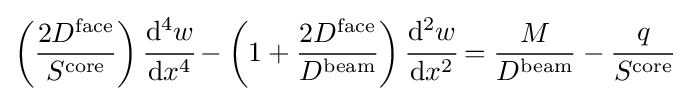
\left({\frac {2D^{\mathrm {face} }}{S^{\mathrm {core} }}}\right){\cfrac {\mathrm {d} ^{4}w}{\mathrm {d} x^{4}}}-\left(1+{\frac {2D^{\mathrm {face} }}{D^{\mathrm {beam} }}}\right){\cfrac {\mathrm {d} ^{2}w}{\mathrm {d} x^{2}}}={\frac {M}{D^{\mathrm {beam} }}}-{\cfrac {q}{S^{\mathrm {core} }}}